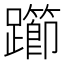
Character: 𰸲